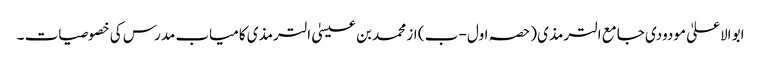
ابو الاعلیٰ مودودی جامع الترمذی (حصہ اول -ب ) از محمد بن عیسیٰ الترمذی کامیاب مدرس کی خصوصیات ۔